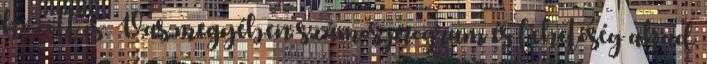
között is. Vas megyében számos program és lehetőség akad